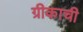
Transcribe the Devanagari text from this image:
ग्रीकाची